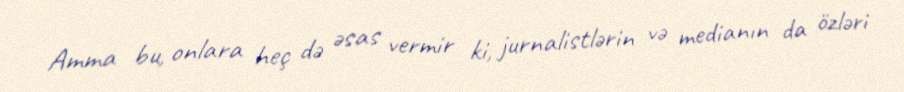
Amma bu, onlara heç də əsas vermir ki, jurnalistlərin və medianın da özləri